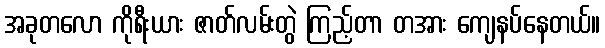
အခုတလော ကိုရီးယား ဇာတ်လမ်းတွဲ ကြည့်တာ တအား ကျေနပ်နေတယ်။